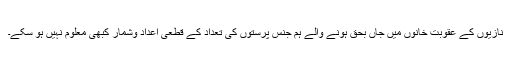
نازیوں کے عقوبت خانوں میں جاں بحق ہونے والے ہم جنس پرستوں کی تعداد کے قطعی اعداد وشمار کبھی معلوم نہیں ہو سکے۔